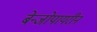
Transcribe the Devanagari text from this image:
बेन्जोपायरीन